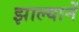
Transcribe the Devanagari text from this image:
झाल्यानें